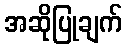
အဆိုပြုချက်